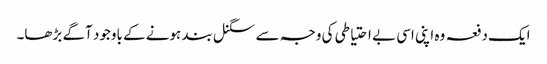
ایک دفعہ وہ اپنی اسی بے احتیاطی کی وجہ سے سگنل بند ہونے کے باوجود آگے بڑھا۔